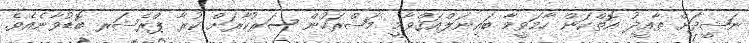
ނަޝީދަށް ތާއީދު އޮތްކަން ހާމަވީމާ ބައިނަލްއަޤްވާމީ މަޝްރަހުން ސަރުކާރަށް ކުރާ ޕްރެޝަރ ބޮޑުވާނެއެވެ.